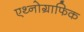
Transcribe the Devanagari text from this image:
एथ्नोग्राफिक